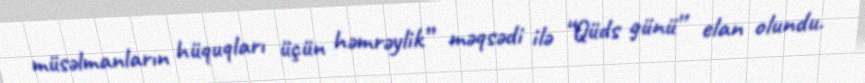
müsəlmanların hüquqları üçün həmrəylik” məqsədi ilə “Qüds günü” elan olundu.